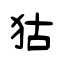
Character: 狜